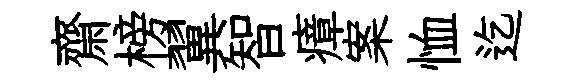
齋榜翼智瘴案恤迄